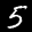
Label: 5